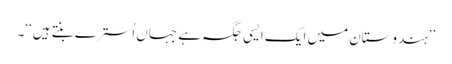
’’ہندوستان میں ایک ایسی جگہ ہے جہاں اُسترے بنتے ہیں‘‘۔